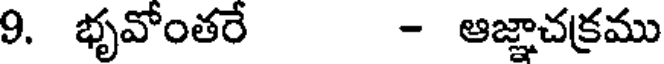
9. భృవోంతరే - ఆజ్ఞాచక్రము